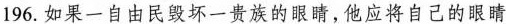
196.如果一自由民毁坏一贵族的眼睛，他应将自己的眼睛